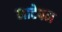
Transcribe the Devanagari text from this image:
नाटेपन